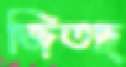
জিতছ